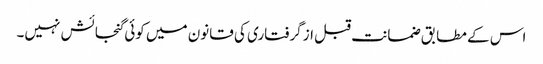
اس کے مطابق ضمانت قبل از گرفتاری کی قانون میں کوئی گنجائش نہیں۔